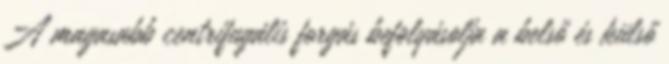
A magasabb centrifugális forgás befolyásolja a belső és külső